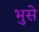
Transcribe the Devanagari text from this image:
भुसे